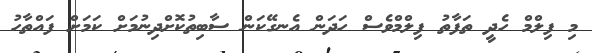
މި ފިލްމް ހެދީ ތަފާތު ފިލްމްވެސް ހަދަން އެނގޭކަން ސާބިތުކޮށްދިނުމަށް ކަމަށް ފައްތާހު